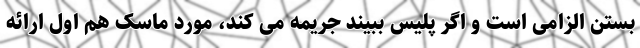
بستن الزامی است و اگر پلیس ببیند جریمه می کند، مورد ماسک هم اول ارائه